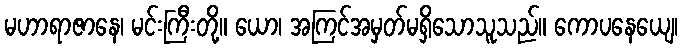
မဟာရာဇာနေ၊ မင်းကြီးတို့။ ယော၊ အကြင်အမှတ်မရှိသောသူသည်။ ကောပနေယျေ၊